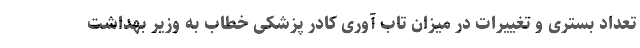
تعداد بستری و تغییرات در میزان تاب آوری کادر پزشکی خطاب به وزیر بهداشت